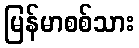
မြန်မာစစ်သား